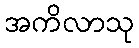
အကိလာသု